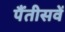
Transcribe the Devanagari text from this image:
पैंतीसवें